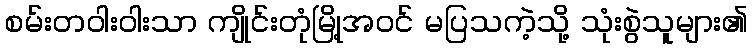
စမ်းတဝါးဝါးသာ ကျိုင်းတုံမြို့အဝင် မပြသကဲ့သို့ သုံးစွဲသူများ၏